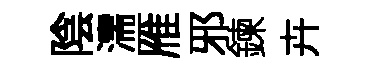
陰濡雁邪鍊卉